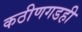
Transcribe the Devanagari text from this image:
कठीणगडही